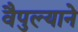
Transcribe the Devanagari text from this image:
वैपुल्याने